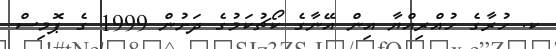
ކ. ހުރާގެ ހުއްރިއްޔާ އިން އޭނާގެ ކޯޗުކަމުގެ ދަށުން 1999 ގެ ޕޮމިސް